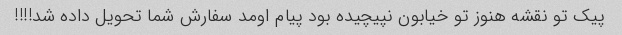
پیک تو نقشه هنوز تو خیابون نپیچیده بود پیام اومد سفارش شما تحویل داده شد!!!!